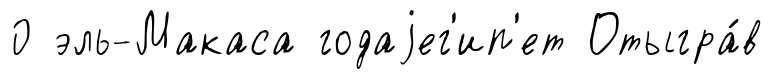
0 эль-Макаса годаjег'ип'ет Отыгра́в